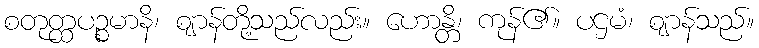
စတုတ္ထပဉ္စမာနိ၊ ဈာန်တို့သည်လည်း။ ဟောန္တိ၊ ကုန်၏။ ပဌမံ၊ ဈာန်သည်။